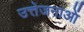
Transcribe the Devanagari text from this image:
उत्तेजनाआें